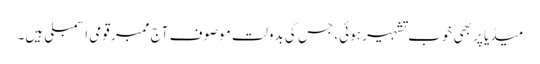
میڈیا پر بھی خوب تشہیر ہوئی، جس کی بدولت موصوف آج ممبر قومی اسمبلی ہیں۔